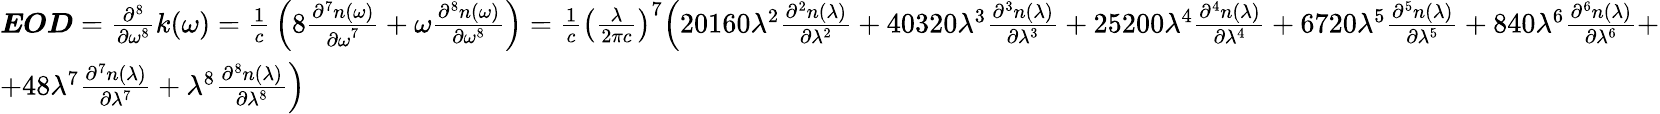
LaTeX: {\begin{array}{l}{{\boldsymbol{\mathit{EOD}}}={\frac{{\partial}^{8}}{\partial{\omega}^{\mathrm{8}}}}k\mathrm{(}\omega\mathrm{)}={\frac{\mathrm{1}}{c}}\left(\mathrm{8}{\frac{{\partial}^{7}n\mathrm{(}\omega\mathrm{)}}{{\partial\omega}^{\mathrm{7}}}}+\omega{\frac{{\partial}^{8}n\mathrm{(}\omega\mathrm{)}}{\partial{\omega}^{\mathrm{8}}}}\right)={\frac{\mathrm{1}}{c}}{\left({\frac{\lambda}{\mathrm{2}\pi c}}\right)}^{\mathrm{7}}{\Bigl(}\mathrm{20160}{\lambda}^{\mathrm{2}}{\frac{{\partial}^{2}n\mathrm{(}\lambda\mathrm{)}}{\partial{\lambda}^{\mathrm{2}}}}+\mathrm{40320}{\lambda}^{\mathrm{3}}{\frac{{\partial}^{3}n\mathrm{(}\lambda\mathrm{)}}{\partial{\lambda}^{\mathrm{3}}}}+\mathrm{25200}{\lambda}^{\mathrm{4}}{\frac{{\partial}^{4}n\mathrm{(}\lambda\mathrm{)}}{\partial{\lambda}^{\mathrm{4}}}}+\mathrm{6720}{\lambda}^{\mathrm{5}}{\frac{{\partial}^{5}n\mathrm{(}\lambda\mathrm{)}}{\partial{\lambda}^{\mathrm{5}}}}+\mathrm{840}{\lambda}^{\mathrm{6}}{\frac{{\partial}^{6}n\mathrm{(}\lambda\mathrm{)}}{\partial{\lambda}^{\mathrm{6}}}}+}\\ {+\mathrm{48}{\lambda}^{\mathrm{7}}{\frac{{\partial}^{7}n\mathrm{(}\lambda\mathrm{)}}{\partial{\lambda}^{\mathrm{7}}}}+{\lambda}^{\mathrm{8}}{\frac{{\partial}^{8}n\mathrm{(}\lambda\mathrm{)}}{\partial{\lambda}^{\mathrm{8}}}}{\Bigr)}}\end{array}}